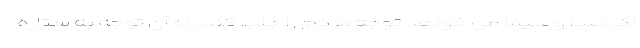
اگر صدا و سیما می خواهد توجه مردم را جلب کند راه آن توجه به ستاره